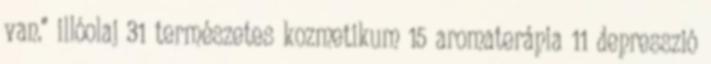
van." illóolaj 31 természetes kozmetikum 15 aromaterápia 11 depresszió